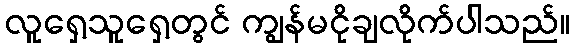
လူရှေ့သူရှေ့တွင် ကျွန်မငိုချလိုက်ပါသည်။